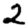
Digit: 2